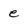
Character: e